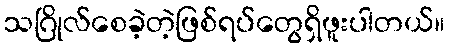
သဂြိုလ်စေခဲ့တဲ့ဖြစ်ရပ်တွေရှိဖူးပါတယ်။